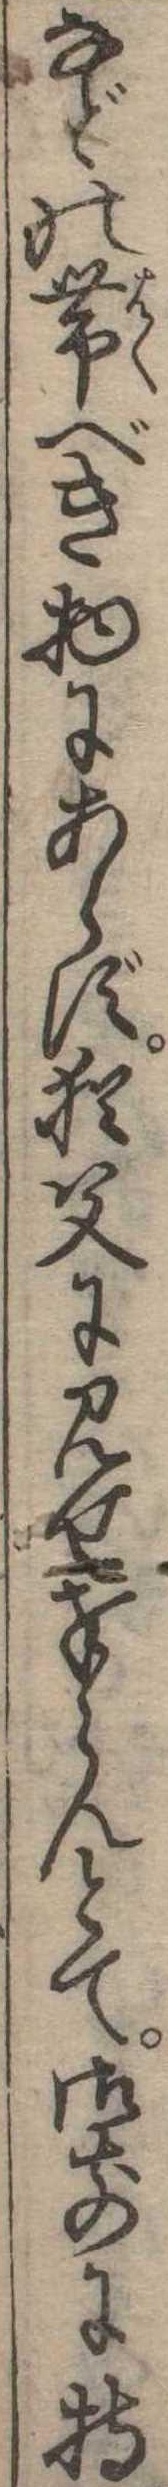
などの帯べき物にあらず猶父に見せ奉らんとて御前に持